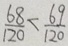
\frac { 6 8 } { 1 2 0 } < \frac { 6 9 } { 1 2 0 }